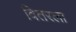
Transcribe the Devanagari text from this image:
वितरला